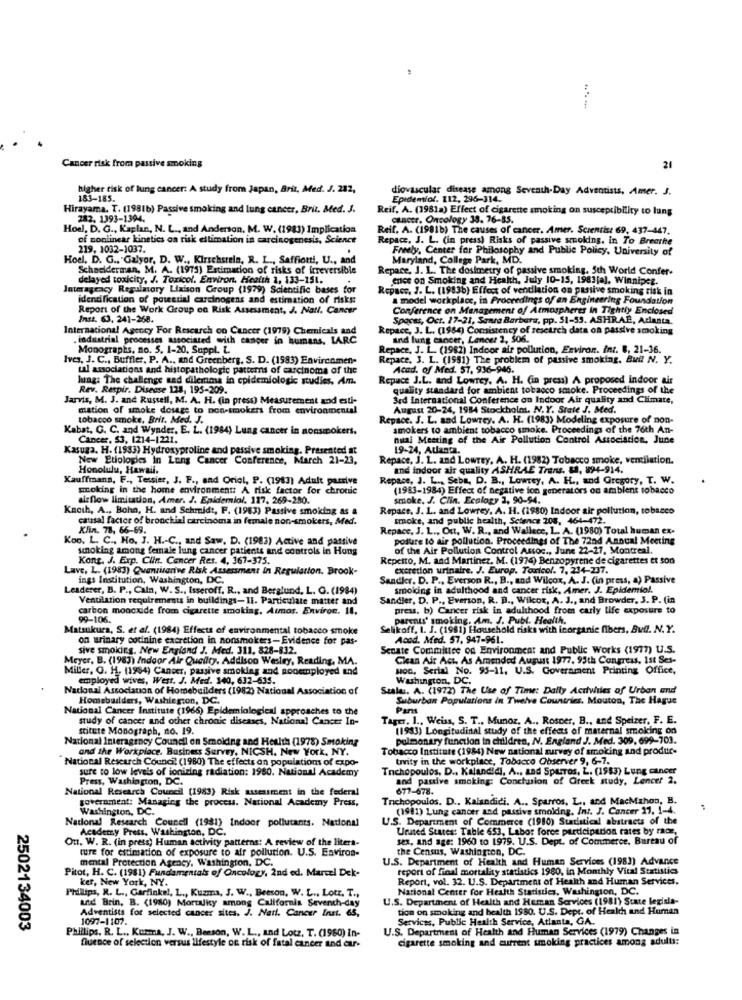
Cancer risk from passive smoking
21
higher risk of lung cancer: A study from Japan, Brit, Med. J. 212,
diovascular disease among Seventh-Day Adventists, Amer. J.
183-185.
Epidemiol. 112, 296-314.
Hirayama. T. (1981b) Passive smoking and lung cancer, Brit. Med. J.
Reif, A. (1981a) Effect of cigarette smoking on susceptibility to lung
282. 1393-1394.
cancer. Oncology 33. 76-85.
Hoel, D. G ., Kaplan, N. L ., and Anderson, M. W. (1983) Implication
Reif. A. (1981b) The causes of cancer. Amer. Screntisz 69, 437-447.
of nonlinear kinetics on risk estimation in carcinogenesis, Science
Repace, J. L. (in press) Risks of passive smoking, in To Breathe
219, 1032-1037.
Freely. Center for Philosophy and Public Policy, University of
Hoel. D. G ., Galyor, D. W ., Kirschstein, R. L ., Saffiotti, U ., and
Maryland, College Park, MD.
Schneiderman, M. A. (1975) Estimation of risks of irreversible
Repace, J. L. The dosimetry of passive smoking. 5th World Confer-
delayed toxicity, J. Toxicol. Environ, Health 1, 133-151.
erice on Smoking and Health, July 10-15, 1983[a]. Winnipeg.
Jatmageacy Regulatory Liaison Group (1979) Scientific bases for
Repace, J. L. (19836) Effect of vendlation on passive smoking risk in
identification of potetial carcinogens and estimation of risks:
a model workplace, in Proceedings of an Engineering Foundation
Report of the Work Group on Risk Assessment, J. Natt. Cancer
Conference on Management of Atmospheres in Tightly Enclosed
Inst. 63, 241-268.
Spaces, Oct. 17-21, Santa Barbara, pp. 51-53. ASHRAE, Adianta.
International Agcory For Research on Cancer (1979) Chemicals and
Repace, J. L. (1984) Consistency of research data on passive smoking
industrial processes associated with cancer in humans, LARC
and lung cancer, Lancer 2, 506.
Monographs, no. 5. 1-20. Suppl. [.
Repace, J. L. (1982) Indoor air pollution, Environ. inr. 8, 21-36.
Ives, J. C ., Buffler, P. A ., and Greenberg, S. D. (1983) Environmen-
Repace, 3. L. (1951) The problem of passive smoking. Bull N. Y.
tal associations and histopathologic patterns of carcinoma of the
Acad. of Med. 57, 936-946.
Jung: The challenge nad dilemma in epidemiologic studies, Am.
Repace J.L. and Lowrey. A. H. (in press) A proposed Indoor air
Rev. Respir. Disease 128, 195-209.
quality standard for ambient tobacco smoke. Proceedings of the
Jarvis, M. J. and Russell, M. A. H. (in press) Measurement and esti-
3rd International Conference on Indoor Air quality and Climate,
mation of smoke dosage to non-smokers from environmental
August 20-24, 1984 Stockholms, N.Y. State J. Med.
tobacco smoke. Brit. Med. J.
Repace. J. L. and Lowrey. A. H. (1983) Modeling exposure of non-
Kabat, G. C. and Wynder, E. L. (1984) Lung cancer in nonsmokers.
smokers to ambient tobacco smoke. Proceedings of the 76th An-
Cancer, 53, 1214-1221.
nual Meeting of the Air Pollution Control Association, June
Kasuga. H. (1983) Hydroxyproline and passive smoking. Presented at
19-24, Atlanta.
New Etiologies in Lung Cancer Conference, March 21-23,
Repace, J. L. and Lowrey, A. H. (1982) Tobacco smoke, ventilation.
Honolulu, Hawall.
and indoor air quality ASHRAE Trans. LA, 894-914.
Kauffmann, F ., Tessier, J. F ., and Oriol, P. (1983) Adult passive
Repace, J. L ., Seba, D. B ., Lowrey, A. H ., and Gregory, T. W.
smoking in the home environment: A risk factor for chronic
(1983-1984) Effect of negative ton
ve lo0 generators on ambient tobacco
airflow limitation, Amer. J. Epidemiol. 117, 269-250.
smoke. J. Clin. Ecology 1, 90-94.
Knoth, A ., Boha, H. and Schmidt, F. (1963) Passive smoking as a
Repace. J. L .. and Lowrey. A. H. (1980) Indoor air pollution, tobacco
causal factor of bronchial carcinoma in female non-smokers, Med.
smoke, and public health, Science 208, 464-472.
Klin. 78, 66-69.
Repace, J. L ., Ort, W. R ., and Wallece, L. A. (1980) Total human ex-
Koo. L. C ., Ho, J. H .- C ., and Saw. D. (1983) Active and passive
posure to air pollution. Proceedings of The 72nd Annual Meeting
umnoking among female lung cancer patients and controls in Hong
of the Air Pollution Control Assoc ., June 22-27, Montreal,
Kong. J. Exp. Clin. Cancer Res. 4, 367-375.
Repetto, M. and Martinez, M. (1974) Benzopyrene de cigarettes et Son
Lave, L. (1983) Quanritarive Risk Assessment in Regulation. Brook-
excretion urinaire. J. Europ. Tanicol. 7, 214-237.
ings Institution, Washington, DC.
Sandker, D. P ., Everson R ., B ., and Wilcox, A. J. (in press, a) Passive
Leaderer, B. P ., Calm, W. S ., Isseroff. R ., and Berglund, L. G. (1984)
smoking in adulthood and cancer risk, Amer. J. Epidemio !.
Ventilation requirements in buildings-11. Particulate matter and
Sandler, D. P ., Everson, R. B ., Wilcox, A. J ., and Browder, 3. P. (in
carbon monoxide from cigarette smoking, Atmos. Environ. 11.
press, b) Cancer risk in adulthood from carly life exposure to
99-106.
parents' smoking. Am. J. Publ. Health.
Matsukurs, S. et al. (1984) Effects of environmental tobacco smoke
Celikoff, I. J. (1981) Household risks with inorganic fibers, Butl. N.Y.
on urinary codinine excretion in nonsmokers-Evidence for pas-
Acad. Med. 57. 947-961.
sive smoking. New England J. Med. 311, 828-832.
Senate Committee on Environment and Public Works (1977) U.S.
Meyer, B. (1983) Indoor Air Quality, Addison Wesley, Reading, MA.
Clean Air Act. As Amended August 1977, 95th Congress, Ist Ses-
Miller, O. H. (1984) Caneer, passive smoking and nooemployed and
HOG, Serial No. 95-11. U.S. Government Printing Office,
employed wives, West. J. Med. 140, 632-635.
Washington, DC.
National Association of Homebuilders (1982) National Association of
Sualus. A. (1972) The Use of Time: Dally Acilwiles of Urban and
Homebuilders, Washington, DC.
Suburban Populations in Twelve Countries. Mouton, The Hague
National Cancer Institute (1966) Epidemiological approaches to the
Pant
study of cancer and other chronic diseases, National Cancer In-
Tager. 1 ., Weiss, S. T ., Munoz, A ., Roscer, B ., and Spelzer, F. E.
stitute Monograph, no. 19.
(1983) Longitudinal study of the effects of maternal smoking on
National Interagency Council on Smoiding and Health (1978) Smoking
pulmonary function in children, N. England J. Med. 309, 699-701.
and the Workplace. Business Survey, NICSH. New York, NY.
Tobacco Institute (1984) New national survey of smoking and produit-
National Research Council (1980) The effects on population of expo-
trvity in the workplace, Tobacco Observer 9, 6-7.
sure to low levels of ionizing radiation: 1980. National Academy
Tnchopoulos, D ., Kalandid, A ., and Spurros, L. (1983) Lung cancer
Press, Washington, DC.
and passive smoking: Conclusion of Greek study, Lencer 2.
National Research Council (1983) Risk assessment in the federal
677-678.
government: Managing the process. National Academy Press,
Tnichopoulos. D .. Kalandidi. A ., Sparros, L ., and MacMahon, B.
Washington, DC.
(1981) Lung cancer and passive smolding. Int. J. Concer 17, 1-4.
U.S. Department of Commerce (1980) Statistical abstracts of the
National Research Council (1981) Indoor pollutants. National
Urused States: Table 653, Labor force participation rates by race,
Out, W. R. (in press) Human activity patterns: A review of the liters-
Academy Preis. Washington, DC.
sex, and age: 1960 to 1979. U.S. Dept. of Commerce. Bureau of
ture for estimation of exposure to air pollution. U.S. Enviros-
the Census, Washington, DC.
mental Protection Agency, Washington, DC.
U.S. Department of Health and Human Services (1983) Advance
Pitot, H. C. (1981) Fundamentals of Oncology, 2nd ed. Marcel Dek-
report of final mortality statistics 1980, in Monthly Vital Statistics
ker, New York, NY.
Report, vol. 32. U.S. Department of Health and Human Services,
National Center for Health Statistics, Washington, DC.
Philips, R. L ., Garfinkel, L ., Kuzma, J. W ., Beeson. W. L ., Lotz. T .,
U.S. Department of Health and Human Services (1981) State legisla-
and Brin, B. (1980) Mortality among California Sevench-day
Adventists for selected cancer sites. J. Natt. Cancer Inst. 65,
tion on smoking and health ISSO. U.S. Dept. of Health and Human
1097-1107.
Services, Public Health Service, Atlanta, GA.
2502134003
Phillips. R. L ., Kusma, J. W ., Benson, W. L ., and Lotz, T. (1980) In-
U.S. Department of Health and Human Services (1979) Changes in
cigarette smoking and current smoking practices among adults:
fluence of selection versus lifestyle on risk of fatal cancer and car-